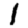
Digit: 1